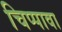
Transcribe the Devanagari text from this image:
चिप्पावा